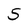
Character: 5